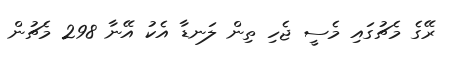
ރޭގެ މެޗުގައި މެސީ ޖެހި ތިން ލަނޑާ އެކު އޭނާ 298 މެޗުން